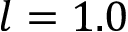
l = 1 . 0